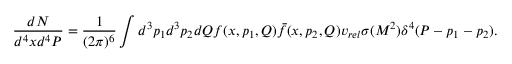
{ \frac { d N } { d ^ { 4 } x d ^ { 4 } P } } = { \frac { 1 } { ( 2 \pi ) ^ { 6 } } } \int d ^ { 3 } p _ { 1 } d ^ { 3 } p _ { 2 } d Q f ( x , p _ { 1 } , Q ) \bar { f } ( x , p _ { 2 } , Q ) v _ { r e l } \sigma ( M ^ { 2 } ) \delta ^ { 4 } ( P - p _ { 1 } - p _ { 2 } ) .